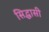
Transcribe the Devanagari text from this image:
सिद्धासी